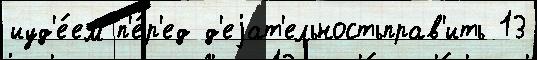
иуд'е́ем п'е́р'ед д'еjат'ельностьправ'ить 13